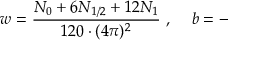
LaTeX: w = \frac { N _ { 0 } + 6 N _ { 1 / 2 } + 1 2 N _ { 1 } } { 1 2 0 \cdot ( 4 \pi ) ^ { 2 } } \, \, , \, \, \, \, \, \, \, b = - \,